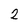
Character: 2